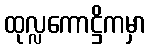
ထုလ္လကောဋ္ဌိကမှာ